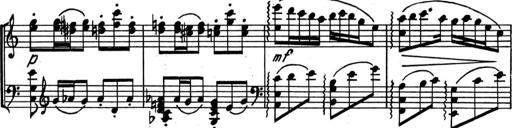
Title: Kleine Sonate
Composer: Raoul Koczalski
Key: C major